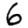
Digit: 6